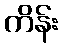
ကိန်း